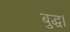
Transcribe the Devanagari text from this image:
बुद्ध।